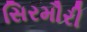
સિરમૌરી